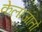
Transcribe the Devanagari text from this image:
केलाजातो